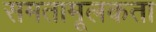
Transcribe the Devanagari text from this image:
समतामूलकता